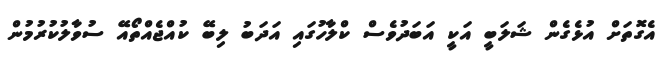
އެގޮތަށް އުޅެގެން ޝަލަބީ އަކީ އަބަދުވެސް ކްލާހުގައި އަދަބު ލިބޭ ކުއްޖެއްތޯއޭ ސުވާލުކުރުމުން